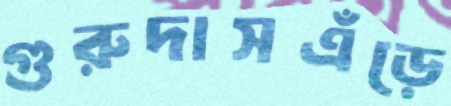
গুরুদাসএঁড়ে